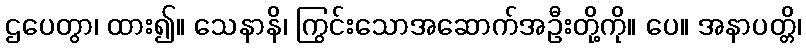
ဌပေတွာ၊ ထား၍။ သေနာနိ၊ ကြွင်းသောအဆောက်အဦးတို့ကို။ ပေ။ အနာပတ္တိ၊